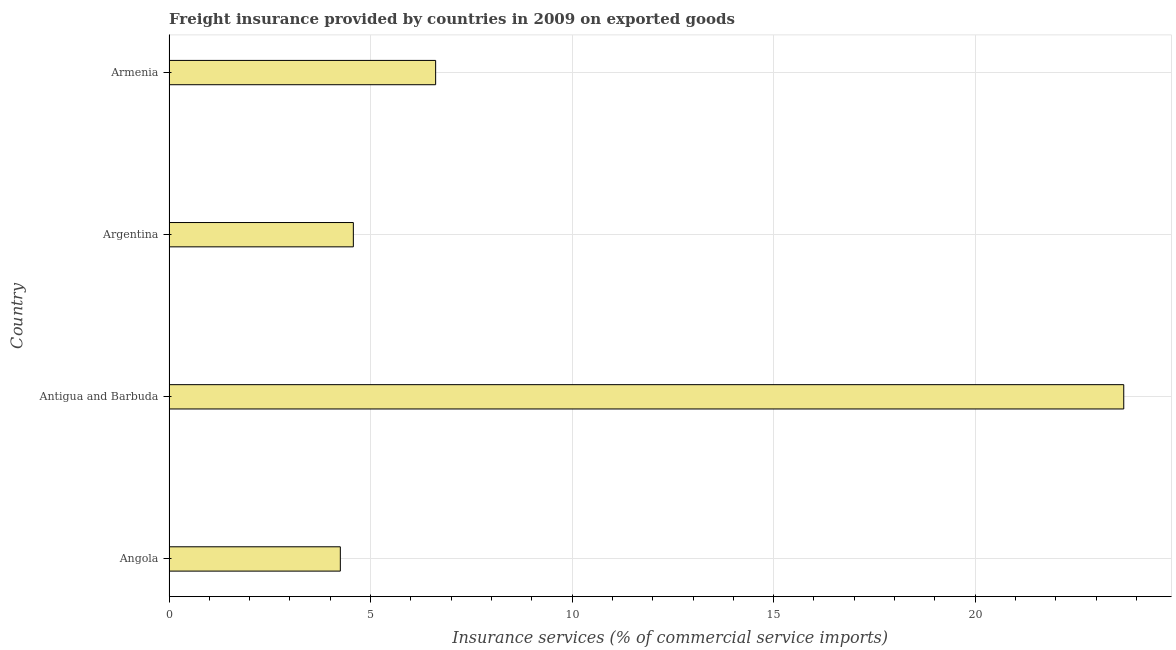
| Country | Insurance and financial services |
 | --- | --- |
 | Angola | 4.25 |
 | Antigua and Barbuda | 23.7 |
 | Argentina | 4.57 |
 | Armenia | 6.62 |